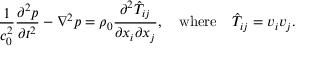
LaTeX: { \frac { 1 } { c _ { 0 } ^ { 2 } } } { \frac { \partial ^ { 2 } p } { \partial t ^ { 2 } } } - \nabla ^ { 2 } p = \rho _ { 0 } { \frac { \partial ^ { 2 } { \hat { T } } _ { i j } } { \partial x _ { i } \partial x _ { j } } } , \quad { \mathrm { w h e r e } } \quad { \hat { T } } _ { i j } = v _ { i } v _ { j } .